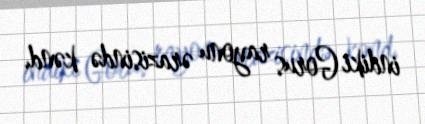
indiki Gorus rayonu ərazisində kənd.